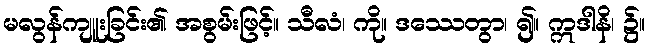
မလွန်ကျူးခြင်း၏ အစွမ်းဖြင့်။ သီလံ၊ ကို။ ဒဿေတွာ၊ ၍။ ဣဒါနိ၊ ၌။